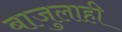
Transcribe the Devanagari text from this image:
बाजुलाही